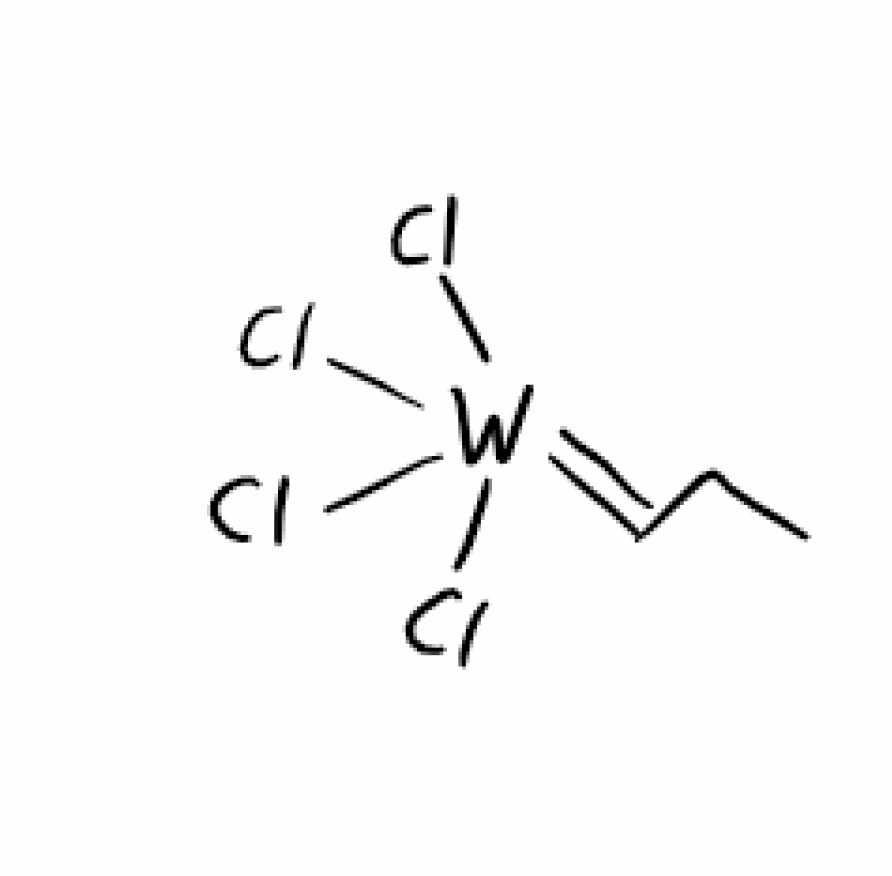
Simplified molecular-input line-entry system (SMILES) notation of the given molecule:
CCC=[W](Cl)(Cl)(Cl)Cl